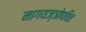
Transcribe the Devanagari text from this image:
नागयज्ञोपवित